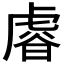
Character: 𧇋